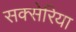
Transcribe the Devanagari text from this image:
सक्सेरिया